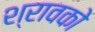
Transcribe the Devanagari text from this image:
श्रावको